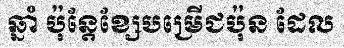
ឆ្នាំ ប៉ុន្តែខ្សែបម្រើជប៉ុន ដែល